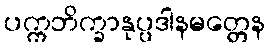
ပက္ကဘိက္ခာနုပ္ပဒါနမတ္တေန